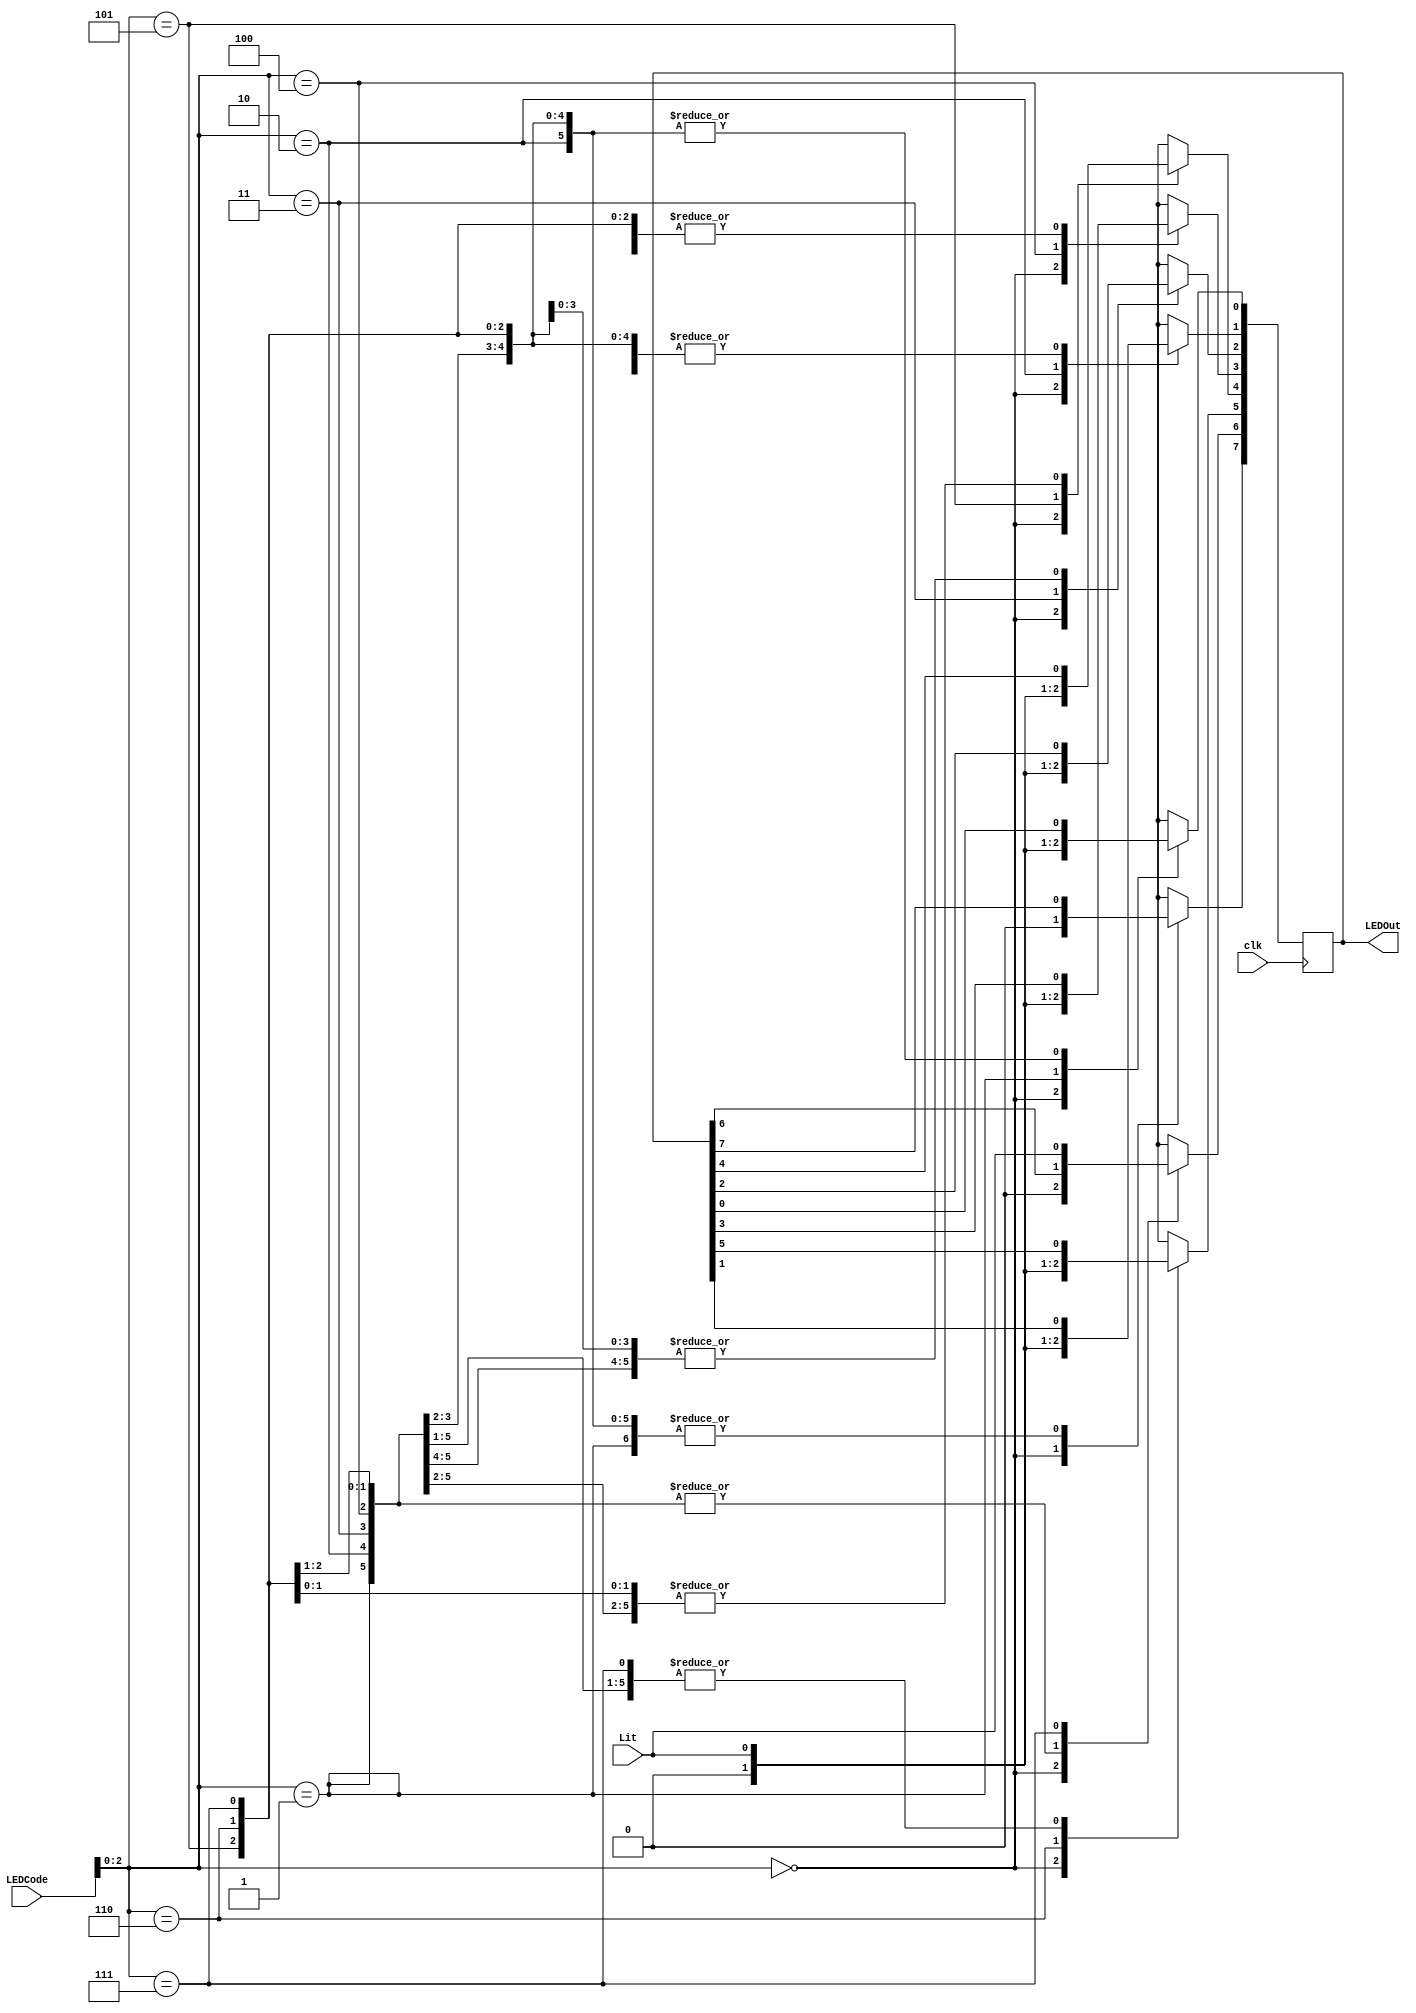
module LED(clk,Lit, LEDCode,LEDOut);

// LED interpreter A Downs 2020

input clk,Lit;
input [7:0] LEDCode;
output [7:0] LEDOut;
//Designates the value of an LED
reg [7:0] LEDOut;

always @(posedge clk) begin


casex(LEDCode) //Lights the corresponding LED
	8'bxxxxx000: LEDOut=0; 
	8'bxxxxx001: LEDOut[0]= Lit;
	8'bxxxxx010: LEDOut[1]= Lit;
	8'bxxxxx011: LEDOut[2]= Lit; 
	8'bxxxxx100: LEDOut[3]= Lit;
	8'bxxxxx101: LEDOut[4]= Lit;
	8'bxxxxx110: LEDOut[5]= Lit;
	8'bxxxxx111: LEDOut[6]= Lit;
	default:LEDOut = 0;
endcase

end
endmodule